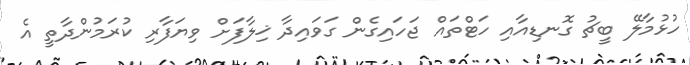
ހުޅުމާލޭ ބީޗު ގޮނޑިއާއި ހަޓްތައް ޖަހައިގެން ގަވައިދާ ޚިލާފަށް ވިޔަފާރި ކުރަމުންދާތީ އެ